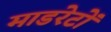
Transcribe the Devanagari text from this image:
माडरेटों